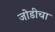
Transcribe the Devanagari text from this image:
जोडीचा